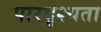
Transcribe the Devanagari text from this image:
पारदृश्यता